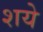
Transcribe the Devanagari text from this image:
शये